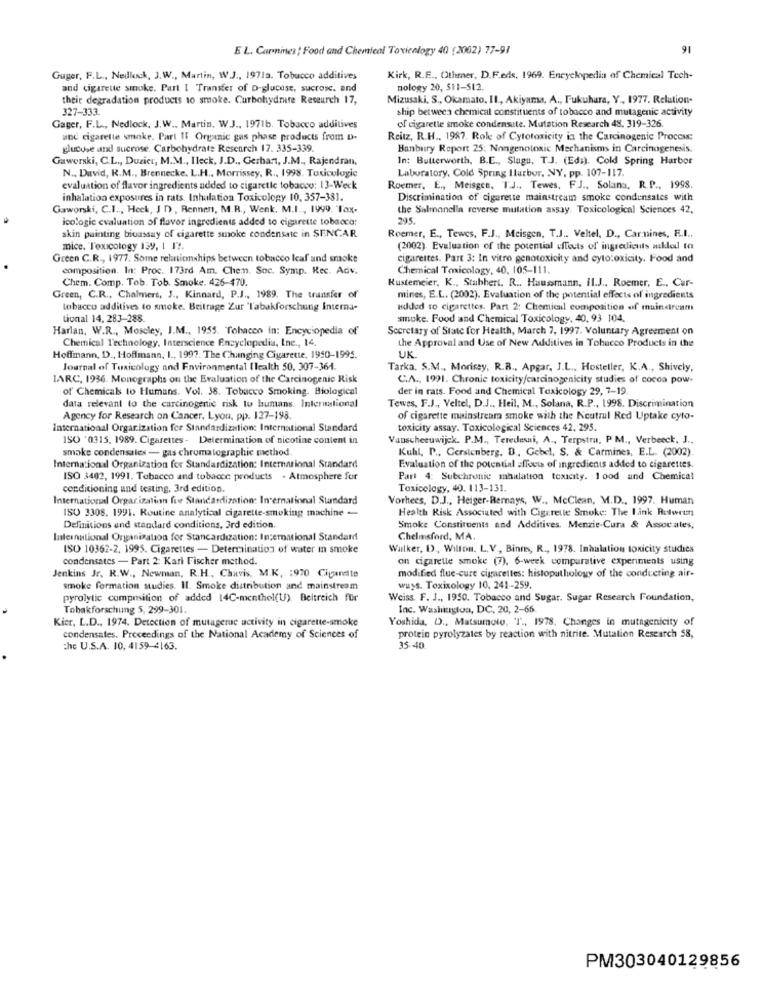
E L. Carnines : Food and Chemical Toxienlogy 40 (2002) 77-91
91
Guger, F.L ., Nedlock, J.W ., Martin, W.J ., 1971a. Tobacco additives
Kirk, R.E ., Othmer, D.F.eds. 1969. Encyclopedia of Chemical Tech-
and cigarette smoke. Part I Transfer of D-glucose, sucrose. and
nology 20, 511-512.
their degradation products 10 smoke. Carbohydrate Research 17,
Mizusaki, S ., Okamato. Il ., Akiyama, A ., Fukuhara, Y ., 1977. Relation-
327-333.
ship betweea chemical constituents of tobacco and mutagenic activity
Gager, F.L ., Nedlock, J.W .. Martin, W.J .. 1971b. Tobacco additives
of cigarette smoke condensate. Mutation Research 48. 319-326
and cigarette smoke. Part II Organic gas phase products from D-
Reitz, R.H ., 1987. Role of Cytotoxicity in the Carcinogenic Process:
glucose and sucrose. Carbohydrate Research 17. 335-339.
Hanbury Report 25: Nongenotoxic Mechanisms in Carcinogenesis.
Gaworski, C.L ., Duzier, M.M ., Ileck, J.D ., Gerhart, J.M ., Rajendran,
In: Butterworth, B.C ., Slugu, T.J. (Edi). Cold Spring Harbor
N ., David, R.M ., Brennecke. L.H ., Morrissey, R ., 1998. Toxicologie
Laboratory, Cold Spring Harbor, NY, pp. 107-117.
evaluation of flavor ingredients added to cigaretle tobacco: 13-Week
Roemer, E ., Meisgen, TJ .. Tewes, FJ ., Solana, R.P ., 1998.
inhalation exposures in rats. Inhalation Toxicology 10, 357-381.
Discrimination of cigarette mainstream smoke condensates with
Gaworski, C.I ., Heck, J D, Rennen, M.R ., Wenk, M.I ., 1999. Tax-
the Salmonella reverse mutation assay. Toxicological Sciences 42.
icologic evaluation of flavor ingredients added to cigarette tobacco:
295.
skin painting bioassay of cigarette smoke condensate in SENCAR
Roemer, E ., Tewcs, F.J ., Meisgen, T.J .. Veltel, D ., Car.nines, F.I ..
mice. Toxicology 139, 1 1 !.
(2002). Evaluation of the potential effects of ingredients alled to
Green C.R ., 1977. Some relationships between tobacco leaf and smoke
cigarettes. Part 3: In vitro genotoxicity and cyto:oxicity. Food and
composition. In: Proc. 173rd Am. Chen. Soc. Symp. Rec. Adv.
Chemical Toxicology, 40, 105-111.
Chem. Comp. Tob. Tob. Smoke. 426-470.
Kustemeier, K ., Stabhert. R ., Haussmann, IL.J ., Roemer, E .. Cur-
Green, C.R ., Chalmers, J ., Kinnard, P.J ., 1989. The transfer of
mines, E.L. (2002). Evaluation of the potential effects of ingredients
tobacco additives to smoke. Beitrage Zur "Tabakforschung Interna-
added to cigarettes. Part 2: Chemical composition of mainstream
tional 14, 283-288.
smoke. Food and Chemical Toxicology, 40, 93 104.
Harlan, W.R ., Moseley, J.M ., 1955. Tobacco in: Encyclopedia of
Secretary of State for Health, March 7, 1997. Voluntary Agreement on
Chemical Technology, Interscience Encyclopedia, Inc ., 14.
the Approval and Use of New Additives in Tobacco Products in the
Hoffmann, D ., Hoffmann, I ., 1997. The Changing Cigarette, 1950-1995.
UK
Journal of Toxicology and Environmental Ilealth 50, 307-361.
Tarka. S.M ., Morisey, R.R ., Apgar, J.L ., Hosteller, K.A ., Shively,
IARC, 1936. Monographs on the Evaluation of the Carcinogenic Risk
C.A ., 1991. Chronic toxicity/carcinogenicity studies of cocoa pow-
of Chemicals to Humans. Vol. 38. Tobacco Smoking. Biological
der in rats. Food and Chemical Toxicology 29, 7-19
data relevant to the carcinogenic risk to humans. International
Tewes, F.J ., Veltel, D.J ., Heil, M ., Solana, R.P ., 1998. Discrimination
Agency for Research on Cancer, Lyon, pp. 127-198.
of cigarette mainstream smoke with the Neutral Red Uptake cyto-
International Organization for Standardization: International Standard
toxicity assay. Toxicological Sciences 42. 295.
ISO *0315, 1989. Cigarettes - Determination of nicotine content in
Vanscheeuwijck. P.M ., Teredesui, A ., Terpstra, P M ., Verbeeck. J .,
smoke condensales - gas chromatographic method.
Kuhl, P ., Gerstenberg. D ., Gebel, S. & Carmines, E.L. (2002).
International Organization for Standardization: International Standard
Evaluation of the potential effects of ingredients added to cigarettes.
ISO 3402, 1991. Tobacco and tobacco products . Atmosphere for
Part 4: Subchronic mhalation toxicity. 1 ood and Chemical
conditioning and testing, 3rd edition.
Toxicology, 40. 113-131.
International Organization for Standardization: International Standard
Vorhees, D.J ., Heiger-Bernays, W ., McClean, M.D ., 1997. Human
ISO 3308. 1991. Routine analytical cigarette-smoking machine -
Health Risk Associated with Cigarette Smoke: The Link Rotwein
Definitions and standard conditions, 3rd edition.
Smoke Constituents and Additives. Menzie-Cura & Assoc ates,
International Organization for Stancardization: International Standard
Chelmsford, MA.
ISO 10362-2, 1995. Cigarettes - Determination of water in smoke
Walker, D ., Willon, L. V ., Binns, R ., 1978. Inhalation toxicity studies
condensates - Part 2: Karl Fischer method.
on cigarette smoke (7), 6-week comparative experiments using
Jenkins Jr. R.W ., Newman, R.H ., Chuvis, M.K. : 970 Cigarette
modified flue-cure cigarettes: histopathology of the conducting air-
smoke formation studies. Il. Smoke distribution and mainstream
ways. Toxixology 10, 241-259.
pyrolytic composition of added 14C-menthol(U) Beitreich für
Weiss. F. J ., 1950. Tobacco and Sugar, Sugar Research Foundation,
Tobakforschung 5, 299-301.
Inc. Washington, DC, 20, 2-65.
Kier, L.D ., 1974. Detection of mutagerne activity in cigarette-smoke
Yoshida. D ., Matsumoto, T ., 1978. Changes in mutagenicity of
condensates. Proceedings of the National Academy of Sciences of
protein pyrolyzates by reaction with nitrite. Mutation Research 58,
che U.S.A. 10, 4159-4163.
35-40
PM303040129856